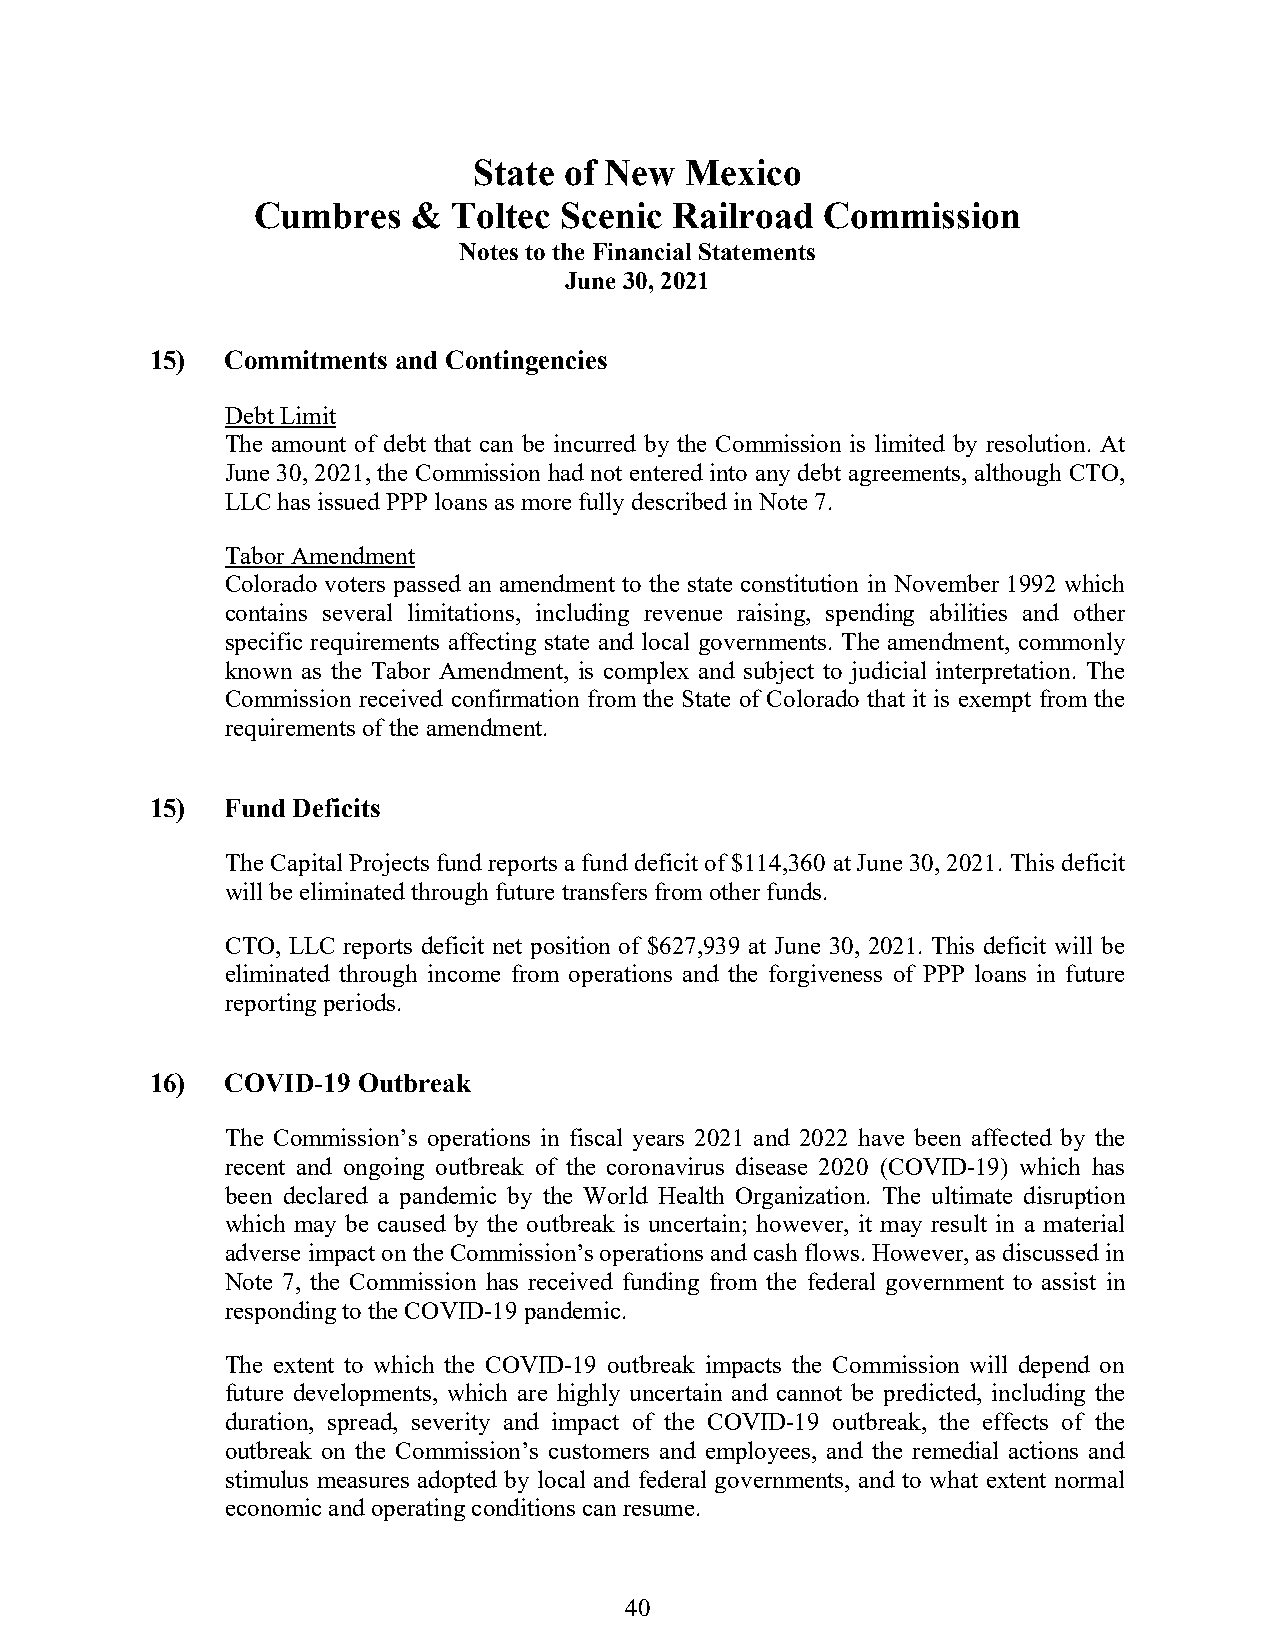
State of New  Mexico
 Cumbres   &  Toltec Scenic  Railroad  Commission
 Notes to the Financial Statements
 June 30, 2021
 15)  Commitments and Contingencies
 Debt Limit
 The amount of debt that can be incurred by the Commission is limited by resolution. At
 June 30, 2021, the Commission had not entered into any debt agreements, although CTO,
 LLC has issued PPP loans as more fully described in Note 7.
 Tabor Amendment
 Colorado voters passed an amendment to the state constitution in November 1992 which
 contains several limitations, including revenue raising, spending abilities and other
 specific requirements affecting state and local governments. The amendment, commonly
 known as the Tabor Amendment, is complex and subject to judicial interpretation. The
 Commission received confirmation from the State of Colorado that it is exempt from the
 requirements of the amendment.
 15)  Fund Deficits
 The Capital Projects fund reports a fund deficit of $114,360 at June 30, 2021. This deficit
 will be eliminated through future transfers from other funds.
 CTO, LLC reports deficit net position of $627,939 at June 30, 2021. This deficit will be
 eliminated through income from operations and the forgiveness of PPP loans in future
 reporting periods.
 16)  COVID-19 Outbreak
 The Commission’s operations in fiscal years 2021 and 2022 have been affected by the
 recent and ongoing outbreak of the coronavirus disease 2020 (COVID-19) which has
 been declared a pandemic by the World Health Organization. The ultimate disruption
 which may be caused by the outbreak is uncertain; however, it may result in a material
 adverse impact on the Commission’s operations and cash flows. However, as discussed in
 Note 7, the Commission has received funding from the federal government to assist in
 responding to the COVID-19 pandemic.
 The extent to which the COVID-19 outbreak impacts the Commission will depend on
 future developments, which are highly uncertain and cannot be predicted, including the
 duration, spread, severity and impact of the COVID-19 outbreak, the effects of the
 outbreak on the Commission’s customers and employees, and the remedial actions and
 stimulus measures adopted by local and federal governments, and to what extent normal
 economic and operating conditions can resume.
 40